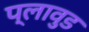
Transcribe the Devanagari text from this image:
प्लावुड